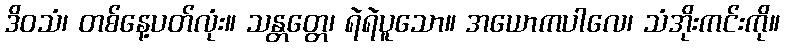
ဒိဝသံ၊ တစ်နေ့ပတ်လုံး။ သန္တတ္တေ၊ ရဲရဲပူသော။ အယောကပါလေ၊ သံအိုးကင်းကို။